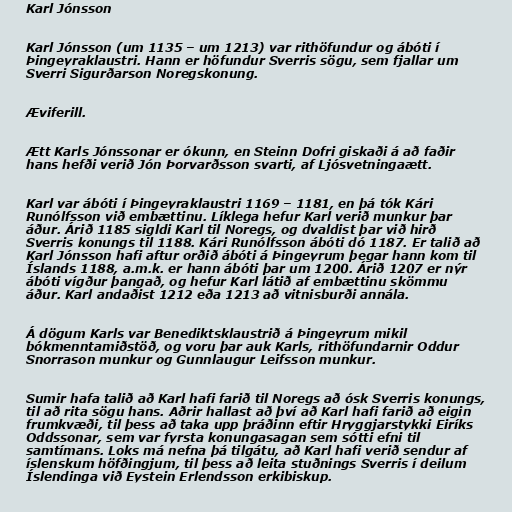
Karl Jónsson

Karl Jónsson (um 1135 – um 1213) var rithöfundur og ábóti í
Þingeyraklaustri. Hann er höfundur Sverris sögu, sem fjallar um
Sverri Sigurðarson Noregskonung.

Æviferill.

Ætt Karls Jónssonar er ókunn, en Steinn Dofri giskaði á að faðir
hans hefði verið Jón Þorvarðsson svarti, af Ljósvetningaætt.

Karl var ábóti í Þingeyraklaustri 1169 – 1181, en þá tók Kári
Runólfsson við embættinu. Líklega hefur Karl verið munkur þar
áður. Árið 1185 sigldi Karl til Noregs, og dvaldist þar við hirð
Sverris konungs til 1188. Kári Runólfsson ábóti dó 1187. Er talið að
Karl Jónsson hafi aftur orðið ábóti á Þingeyrum þegar hann kom til
Íslands 1188, a.m.k. er hann ábóti þar um 1200. Árið 1207 er nýr
ábóti vígður þangað, og hefur Karl látið af embættinu skömmu
áður. Karl andaðist 1212 eða 1213 að vitnisburði annála.

Á dögum Karls var Benediktsklaustrið á Þingeyrum mikil
bókmenntamiðstöð, og voru þar auk Karls, rithöfundarnir Oddur
Snorrason munkur og Gunnlaugur Leifsson munkur.

Sumir hafa talið að Karl hafi farið til Noregs að ósk Sverris konungs,
til að rita sögu hans. Aðrir hallast að því að Karl hafi farið að eigin
frumkvæði, til þess að taka upp þráðinn eftir Hryggjarstykki Eiríks
Oddssonar, sem var fyrsta konungasagan sem sótti efni til
samtímans. Loks má nefna þá tilgátu, að Karl hafi verið sendur af
íslenskum höfðingjum, til þess að leita stuðnings Sverris í deilum
Íslendinga við Eystein Erlendsson erkibiskup.